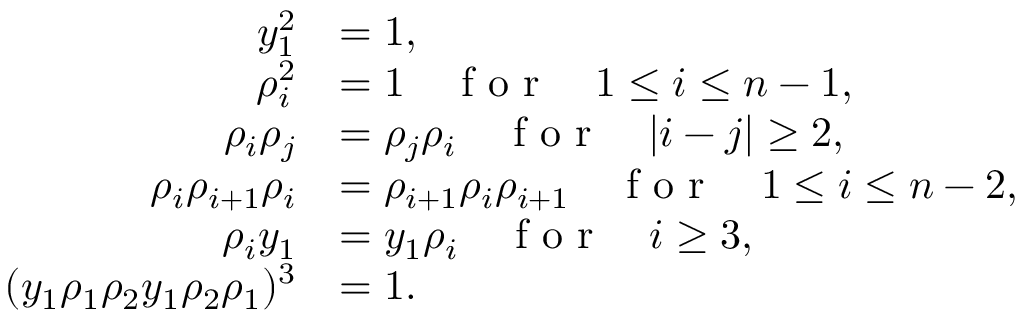
\begin{array} { r l } { y _ { 1 } ^ { 2 } } & { = 1 , } \\ { \rho _ { i } ^ { 2 } } & { = 1 \quad \textrm { f o r } \quad 1 \le i \le n - 1 , } \\ { \rho _ { i } \rho _ { j } } & { = \rho _ { j } \rho _ { i } \quad \textrm { f o r } \quad | i - j | \geq 2 , } \\ { \rho _ { i } \rho _ { i + 1 } \rho _ { i } } & { = \rho _ { i + 1 } \rho _ { i } \rho _ { i + 1 } \quad \textrm { f o r } \quad 1 \le i \le n - 2 , } \\ { \rho _ { i } y _ { 1 } } & { = y _ { 1 } \rho _ { i } \quad \textrm { f o r } \quad i \geq 3 , } \\ { ( y _ { 1 } \rho _ { 1 } \rho _ { 2 } y _ { 1 } \rho _ { 2 } \rho _ { 1 } ) ^ { 3 } } & { = 1 . } \end{array}